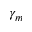
\gamma _ { m }